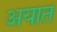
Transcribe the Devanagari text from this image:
अयात